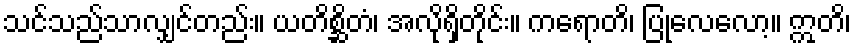
သင်သည်သာလျှင်တည်း။ ယတိစ္ဆိတံ၊ အလိုရှိတိုင်း။ ကရောတိ၊ ပြုလေလော့။ ဣတိ၊